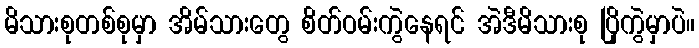
မိသားစုတစ်စုမှာ အိမ်သားတွေ စိတ်ဝမ်းကွဲနေရင် အဲဒီမိသားစု ပြိုကွဲမှာပဲ။